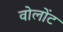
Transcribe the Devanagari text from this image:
वोलोंट